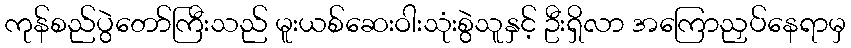
ကုန်စည်ပွဲတော်ကြီးသည် မူးယစ်ဆေးဝါးသုံးစွဲသူနှင့် ဦးရှိလာ အကြောညှပ်နေရာမှ